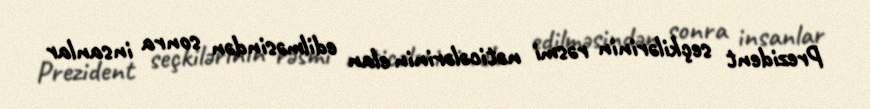
Prezident seçkilərinin rəsmi nəticələrinin elan edilməsindən sonra insanlar